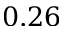
0 . 2 6